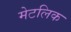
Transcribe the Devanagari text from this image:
मेटलिक